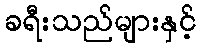
ခရီးသည်များနှင့်